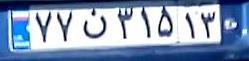
۷۷ن۳۱۵۱۳